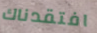
افتقدناك